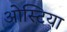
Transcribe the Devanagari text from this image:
ओस्टिया